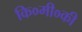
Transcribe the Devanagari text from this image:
कि०मी०की